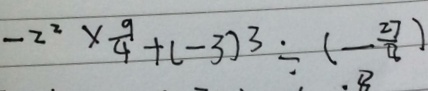
- 2 ^ { 2 } \times \frac { 9 } { 4 } + ( - 3 ) ^ { 3 } \div ( - \frac { 2 7 } { 8 } )